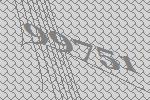
99751